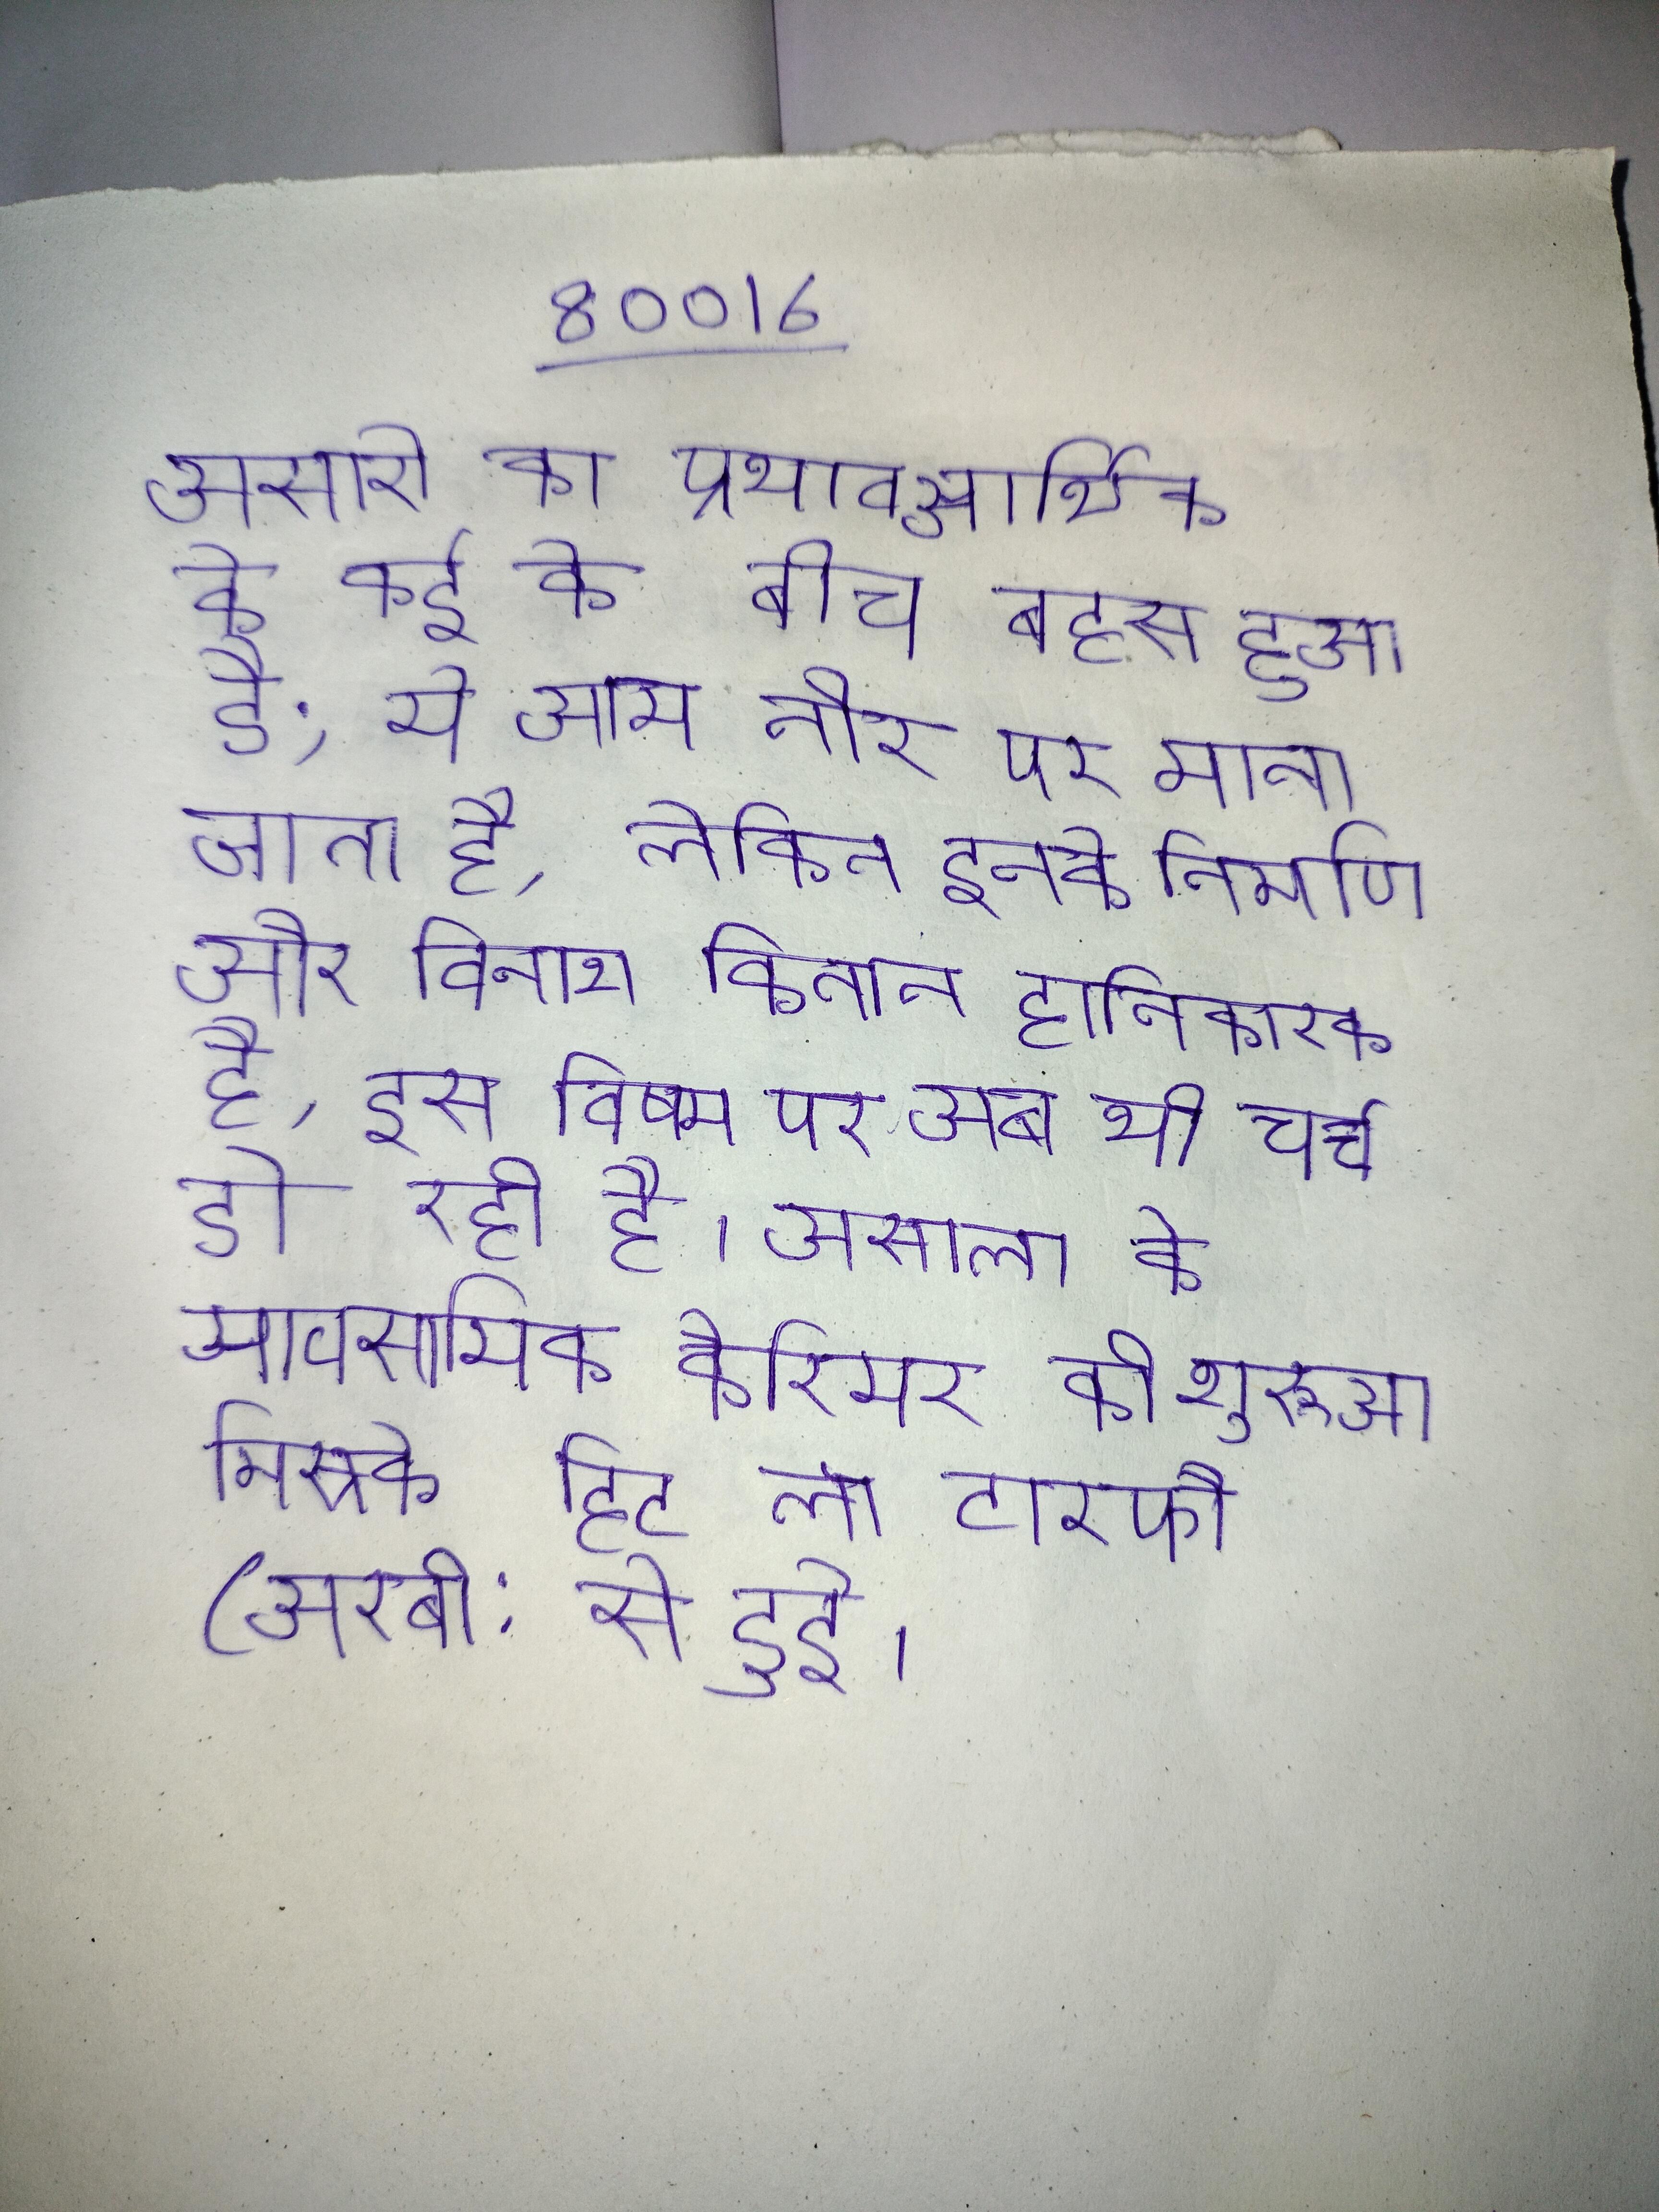
असारो का प्रभाव आर्थिक के कई के बीच बहस हुआ है; ये आम तौर पर माना जाता है, लेकिन इनके निर्माण और विनाश कितान हानिकारक है, इस विषय पर अब भी चर्चा हो रही है । असाला के व्यावसायिक कैरियर की शुरुआत मिस्र के हिट लॉ टारफौ (अरबी: से हुई ।